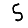
Digit: 5